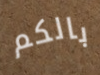
بالكم